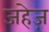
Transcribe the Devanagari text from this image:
जहेज़